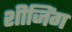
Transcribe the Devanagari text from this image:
शीजिंग